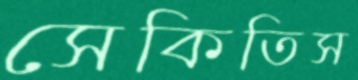
সেকিতিস